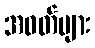
အဝတ်များ